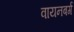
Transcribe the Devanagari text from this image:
वायनबर्ग